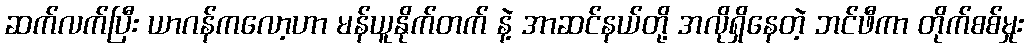
ဆက်လက်ပြီး ယာဂန်ကလော့ဟာ မန်ယူနိုက်တက် နဲ့ အာဆင်နယ်တို့ အလိုရှိနေတဲ့ ဘင်ဖီကာ တိုက်စစ်မှုး